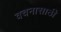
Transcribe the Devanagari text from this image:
वचनासाठी